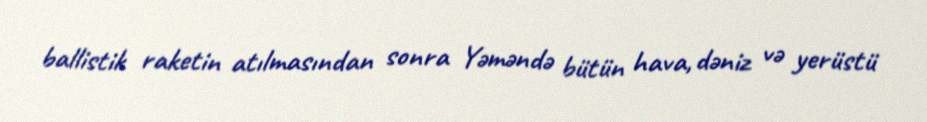
ballistik raketin atılmasından sonra Yəməndə bütün hava, dəniz və yerüstü